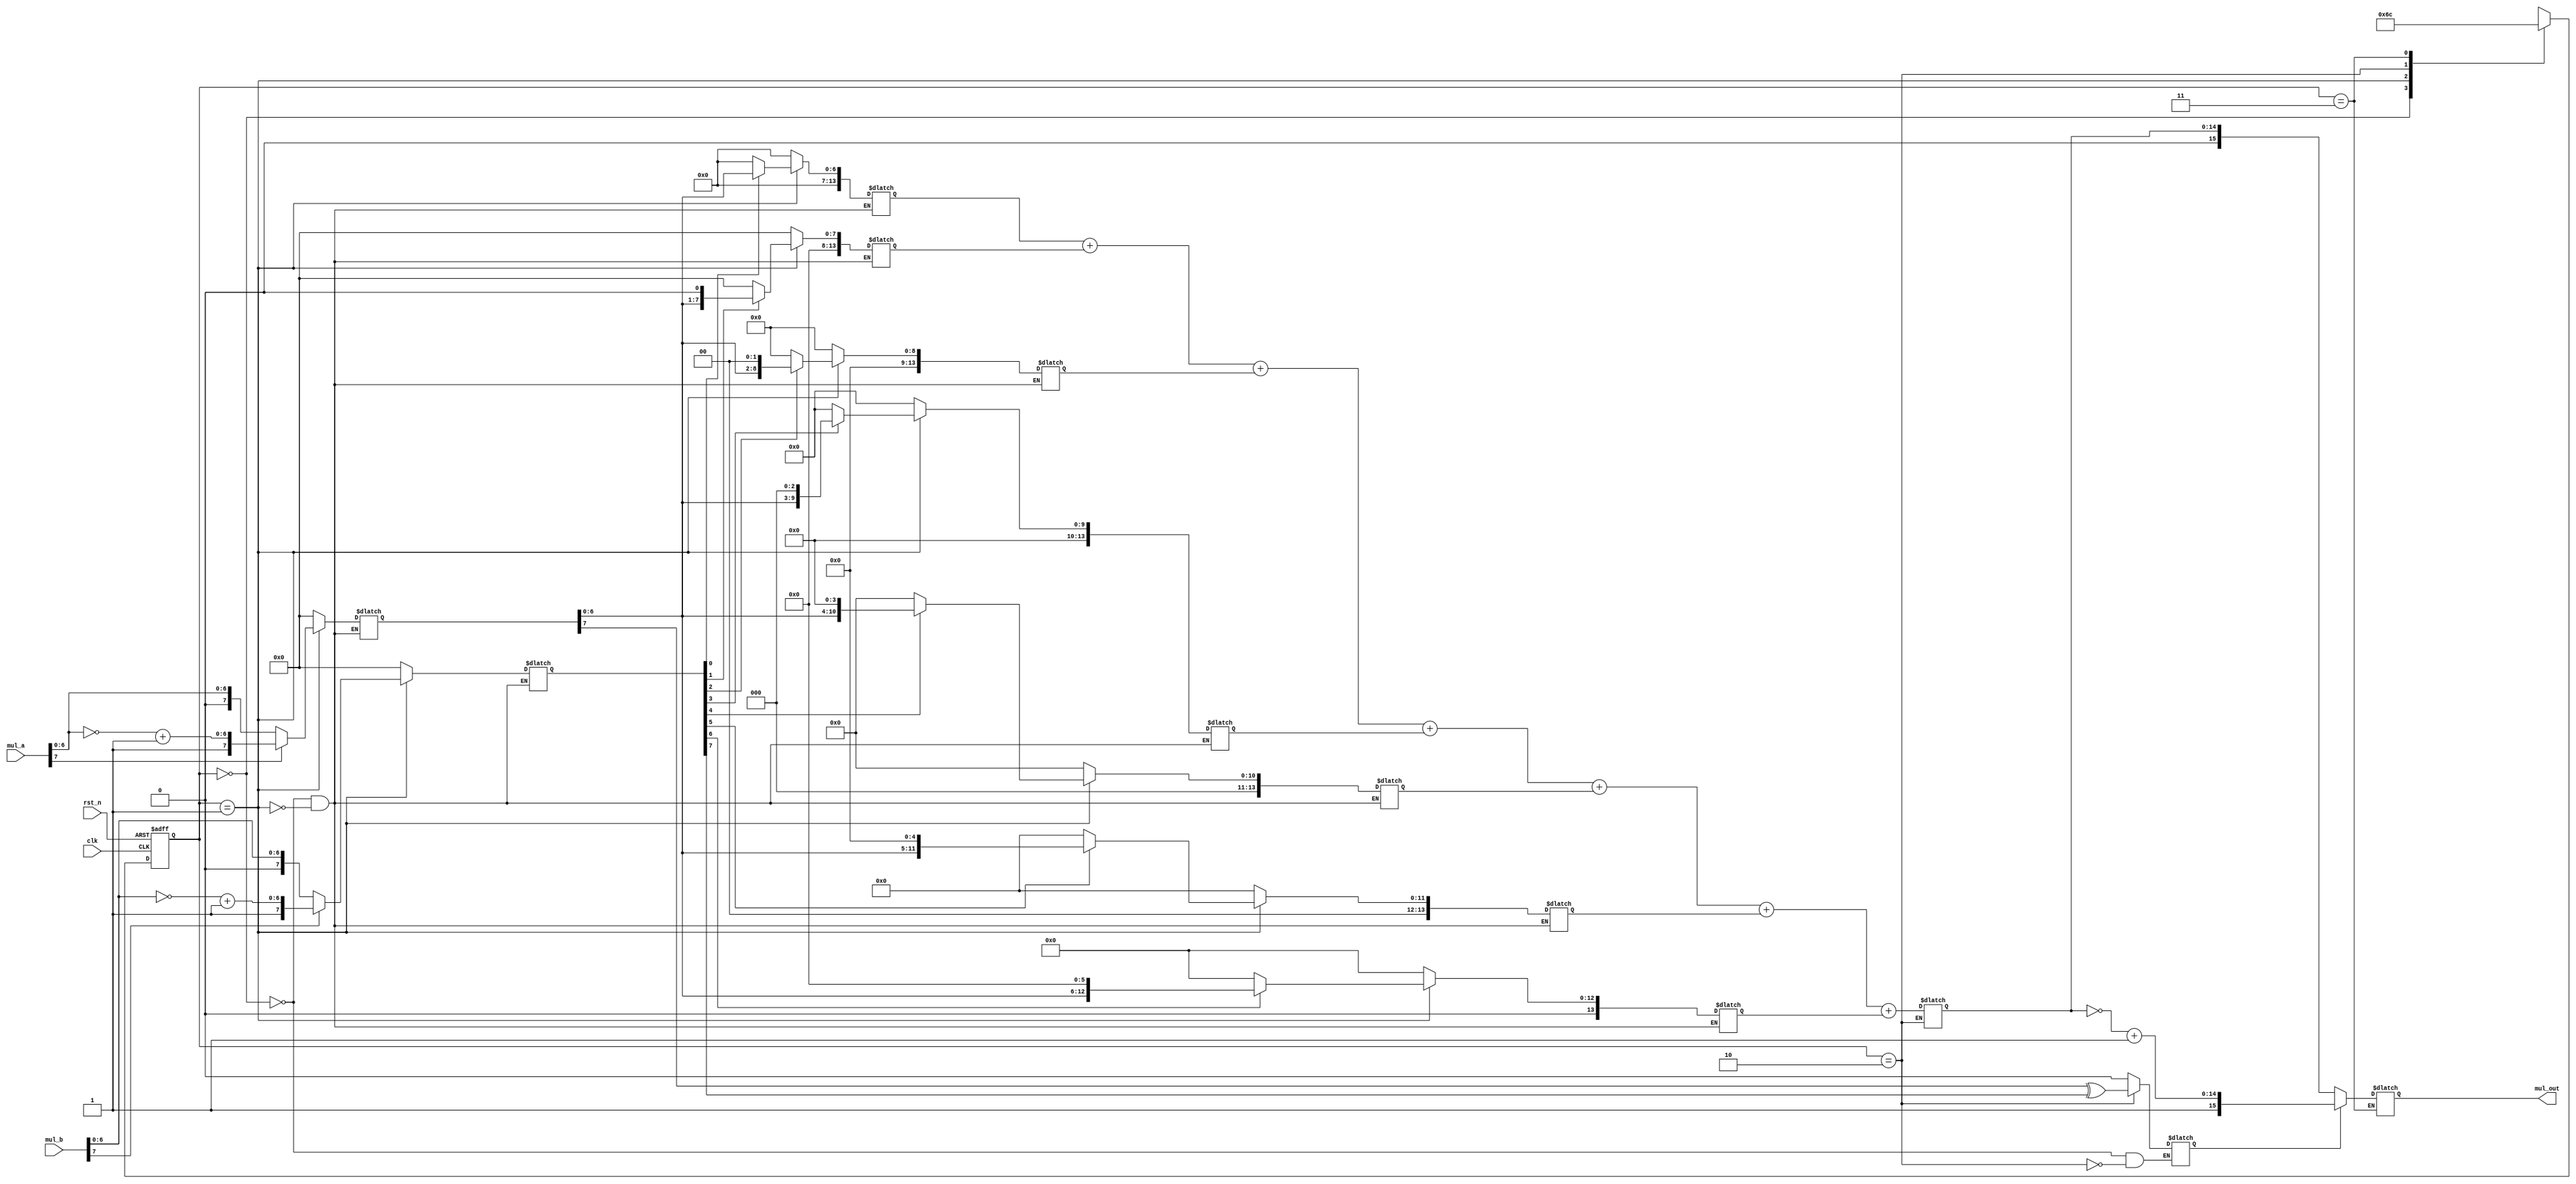
`timescale 1ns / 1ps
//////////////////////////////////////////////////////////////////////////////////
// Company: 
// Engineer: 
// 
// Design Name: 
// Module Name: win_mul_8
// Project Name: 
// Target Devices: 
// Tool Versions: 
// Description: 
// 
// Dependencies: 
// 
// Revision:
// Revision 0.01 - File Created
// Additional Comments:
// 
//////////////////////////////////////////////////////////////////////////////////


module win_mul_8(
	input  			    clk,
	input  			    rst_n,
	input  		[7:0] 	mul_a,
	input  		[7:0] 	mul_b,

	output reg 	[15:0] 	mul_out
    );

	reg [13:0] stored0;
	reg [13:0] stored1;
	reg [13:0] stored2;
	reg [13:0] stored3;
	reg [13:0] stored4;
	reg [13:0] stored5;
	reg [13:0] stored6;

	reg [7:0]  mul_reg_a;
	reg [7:0]  mul_reg_b;

	reg 	   mul_head;
	reg [14:0] mul_reg_out;//13

	reg [1:0] state,next_state;
	localparam [1:0]
		INITAL = 2'b00,
		SHITF  = 2'b01,
		ADD    = 2'b10,
		OUT    = 2'b11;

	always @(posedge clk or negedge rst_n) begin : proc_state
		if(~rst_n) begin
			state <= INITAL;
		end else begin
			state <= next_state;
		end
	end

	always @(*) begin
		case (state)
			INITAL	:next_state 	= SHITF;
			SHITF 	:next_state 	= ADD;
			ADD   	:next_state 	= OUT;
			OUT   	:next_state 	= INITAL;
			default :next_state 	= INITAL;
		endcase
	
	end
	always @(*) begin
		case (state)
	        INITAL: begin
				//mul_out 	<= 16'h00;
				stored0 	<= 14'h00;
				stored1 	<= 14'h00;
				stored2 	<= 14'h00;
				stored3 	<= 14'h00;
				stored4 	<= 14'h00;
				stored5 	<= 14'h00;
				stored6 	<= 14'h00;

				mul_reg_a 	<= 8'h00;
				mul_reg_b 	<= 8'h00;

				mul_head  	<= 1'b0;
		   end
		   SHITF:begin
				mul_reg_a 	<= (mul_a[7] == 0)? mul_a : {mul_a[7],~mul_a[6:0]+1'b1};
				mul_reg_b 	<= (mul_b[7] == 0)? mul_b : {mul_b[7],~mul_b[6:0]+1'b1};

				stored0 <= mul_reg_b[0]? {7'b0, mul_reg_a[6:0]	   	} : 14'b0;
				stored1 <= mul_reg_b[1]? {6'b0, mul_reg_a[6:0], 1'b0} : 14'b0;
				stored2 <= mul_reg_b[2]? {5'b0, mul_reg_a[6:0], 2'b0} : 14'b0;
				stored3 <= mul_reg_b[3]? {4'b0, mul_reg_a[6:0], 3'b0} : 14'b0;
				stored4 <= mul_reg_b[4]? {3'b0, mul_reg_a[6:0], 4'b0} : 14'b0;
				stored5 <= mul_reg_b[5]? {2'b0, mul_reg_a[6:0], 5'b0} : 14'b0;
				stored6 <= mul_reg_b[6]? {1'b0, mul_reg_a[6:0], 6'b0} : 14'b0;
			end
			ADD:begin 
				mul_head 	<= mul_reg_a[7] ^ mul_reg_b[7];
				mul_reg_out <= stored0+stored1+stored2+stored3+stored4+stored5+stored6;
			end
			OUT:begin 
				mul_out 	<= (mul_head == 1'b0)? {1'b0,mul_reg_out} : {1'b1,~mul_reg_out+1'b1};
			end

			//default : mul_out <= 0;
		endcase
	end
endmodule

/*
`timescale 1ns / 1ps
//////////////////////////////////////////////////////////////////////////////////
// Company: 
// Engineer: 
// 
// Design Name: 
// Module Name: win_mul_8
// Project Name: 
// Target Devices: 
// Tool Versions: 
// Description: 
// 
// Dependencies: 
// 
// Revision:
// Revision 0.01 - File Created
// Additional Comments:
// 
//////////////////////////////////////////////////////////////////////////////////


module win_mul_8(
	input  			    clk,
	input  			    rst_n,
	input  		[7:0] 	mul_a,
	input  		[7:0] 	mul_b,

	output reg 	[15:0] 	mul_out
    );

	reg [13:0] stored0;
	reg [13:0] stored1;
	reg [13:0] stored2;
	reg [13:0] stored3;
	reg [13:0] stored4;
	reg [13:0] stored5;
	reg [13:0] stored6;

	reg [7:0]  mul_reg_a;
	reg [7:0]  mul_reg_b;

	reg 	   mul_head;
	reg [14:0] mul_reg_out;//13

	always @(posedge clk or negedge rst_n) begin : proc_state
		if(~rst_n) begin
			//mul_out 	<= 16'h00;
			stored0 	<= 14'h00;
			stored1 	<= 14'h00;
			stored2 	<= 14'h00;
			stored3 	<= 14'h00;
			stored4 	<= 14'h00;
			stored5 	<= 14'h00;
			stored6 	<= 14'h00;

			mul_reg_a 	<= 8'h00;
			mul_reg_b 	<= 8'h00;

			mul_head  	<= 1'b0;
	   	end
	 	else begin
			mul_reg_a 	<= (mul_a[7] == 0)? mul_a : {mul_a[7],~mul_a[6:0]+1'b1};
			mul_reg_b 	<= (mul_b[7] == 0)? mul_b : {mul_b[7],~mul_a[6:0]+1'b1};

			stored0 	<= mul_reg_b[0]? {7'b0, mul_reg_a[6:0]	   	} : 14'b0;
			stored1 	<= mul_reg_b[1]? {6'b0, mul_reg_a[6:0], 1'b0} : 14'b0;
			stored2 	<= mul_reg_b[2]? {5'b0, mul_reg_a[6:0], 2'b0} : 14'b0;
			stored3 	<= mul_reg_b[3]? {4'b0, mul_reg_a[6:0], 3'b0} : 14'b0;
			stored4 	<= mul_reg_b[4]? {3'b0, mul_reg_a[6:0], 4'b0} : 14'b0;
			stored5 	<= mul_reg_b[5]? {2'b0, mul_reg_a[6:0], 5'b0} : 14'b0;
			stored6 	<= mul_reg_b[6]? {1'b0, mul_reg_a[6:0], 6'b0} : 14'b0;

			mul_head 	<= mul_a[7] ^ mul_b[7];
			mul_reg_out <= stored0+stored1+stored2+stored3+stored4+stored5+stored6;

			mul_out 	<= (mul_head == 1'b0)? {1'b0,mul_reg_out} : {1'b1,~mul_reg_out+1'b1};
		end
	end
endmodule

*/